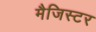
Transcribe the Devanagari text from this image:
मैजिस्टर